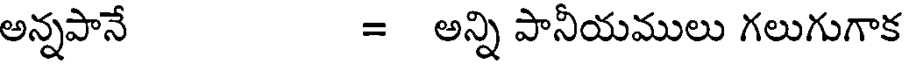
అన్నపానే = అన్ని పానీయములు గలుగుగాక